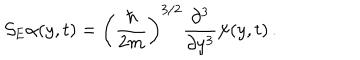
{ \cal S } _ { \mathrm { E } } \alpha ( y , t ) = \left( \frac { \hbar } { 2 m } \right) ^ { 3 / 2 } \frac { \partial ^ { 3 } } { \partial y ^ { 3 } } \psi ( y , t ) \, .